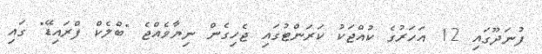
ފުނަދޫގައި 12 އަހަރުގެ ކުއްޖަކު ކަރަންޓުގައި ޖެހިގެން ނިޔާވެއްޖެ "ބްލެކް ފްރައިޑޭ" ގައި